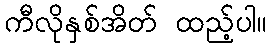
ကီလိုနှစ်အိတ် ထည့်ပါ။